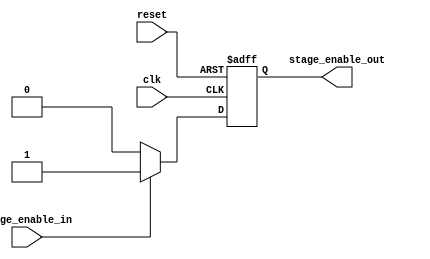
`timescale 1ns/1ps

module hold1clk(
clk,
reset,
stage_enable_in,
stage_enable_out
);


input clk;
input reset;
input stage_enable_in;
output  stage_enable_out;

reg stage_enable_out;


always @ (posedge clk or negedge reset)
begin
    if(!reset)
      begin
			    stage_enable_out <= 1'b0;
      end
    else
      begin
          if(stage_enable_in == 1'b1)
            begin
               stage_enable_out <= 1'b1;
            end
          else stage_enable_out <= 1'b0;
      end
end

























endmodule